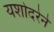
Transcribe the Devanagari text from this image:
यशोदरेने